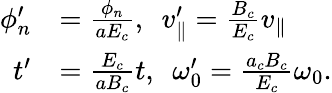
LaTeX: \begin{array}{rl}{\phi_{n}^{\prime}}&{=\frac{\phi_{n}}{aE_{c}},\ \ v_{\parallel}^{\prime}=\frac{B_{c}}{E_{c}}v_{\parallel}}\\ {t^{\prime}}&{=\frac{E_{c}}{aB_{c}}t,\ \ \omega_{0}^{\prime}=\frac{a_{c}B_{c}}{E_{c}}\omega_{0}.}\end{array}